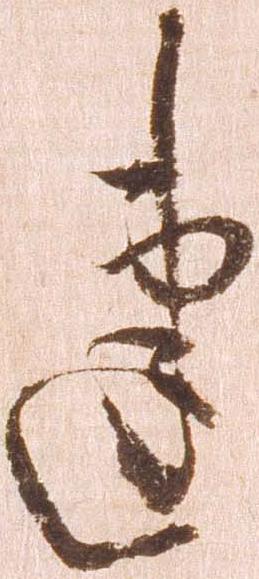
建